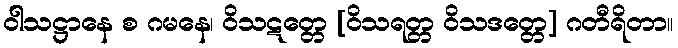
ဝါသဋ္ဌာနေ စ ဂမနေ၊ ဝိသဋတ္တေ [ဝိသရတ္တ ဝိသဒတ္တေ] ဂတီရိတာ။